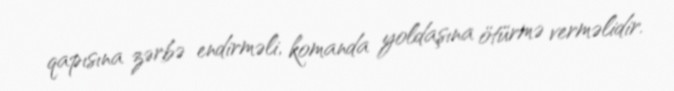
qapısına zərbə endirməli, komanda yoldaşına ötürmə verməlidir.